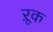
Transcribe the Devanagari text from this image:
ऱूक